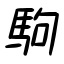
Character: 駒